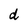
Character: d